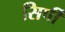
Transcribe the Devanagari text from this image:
सिर्पी